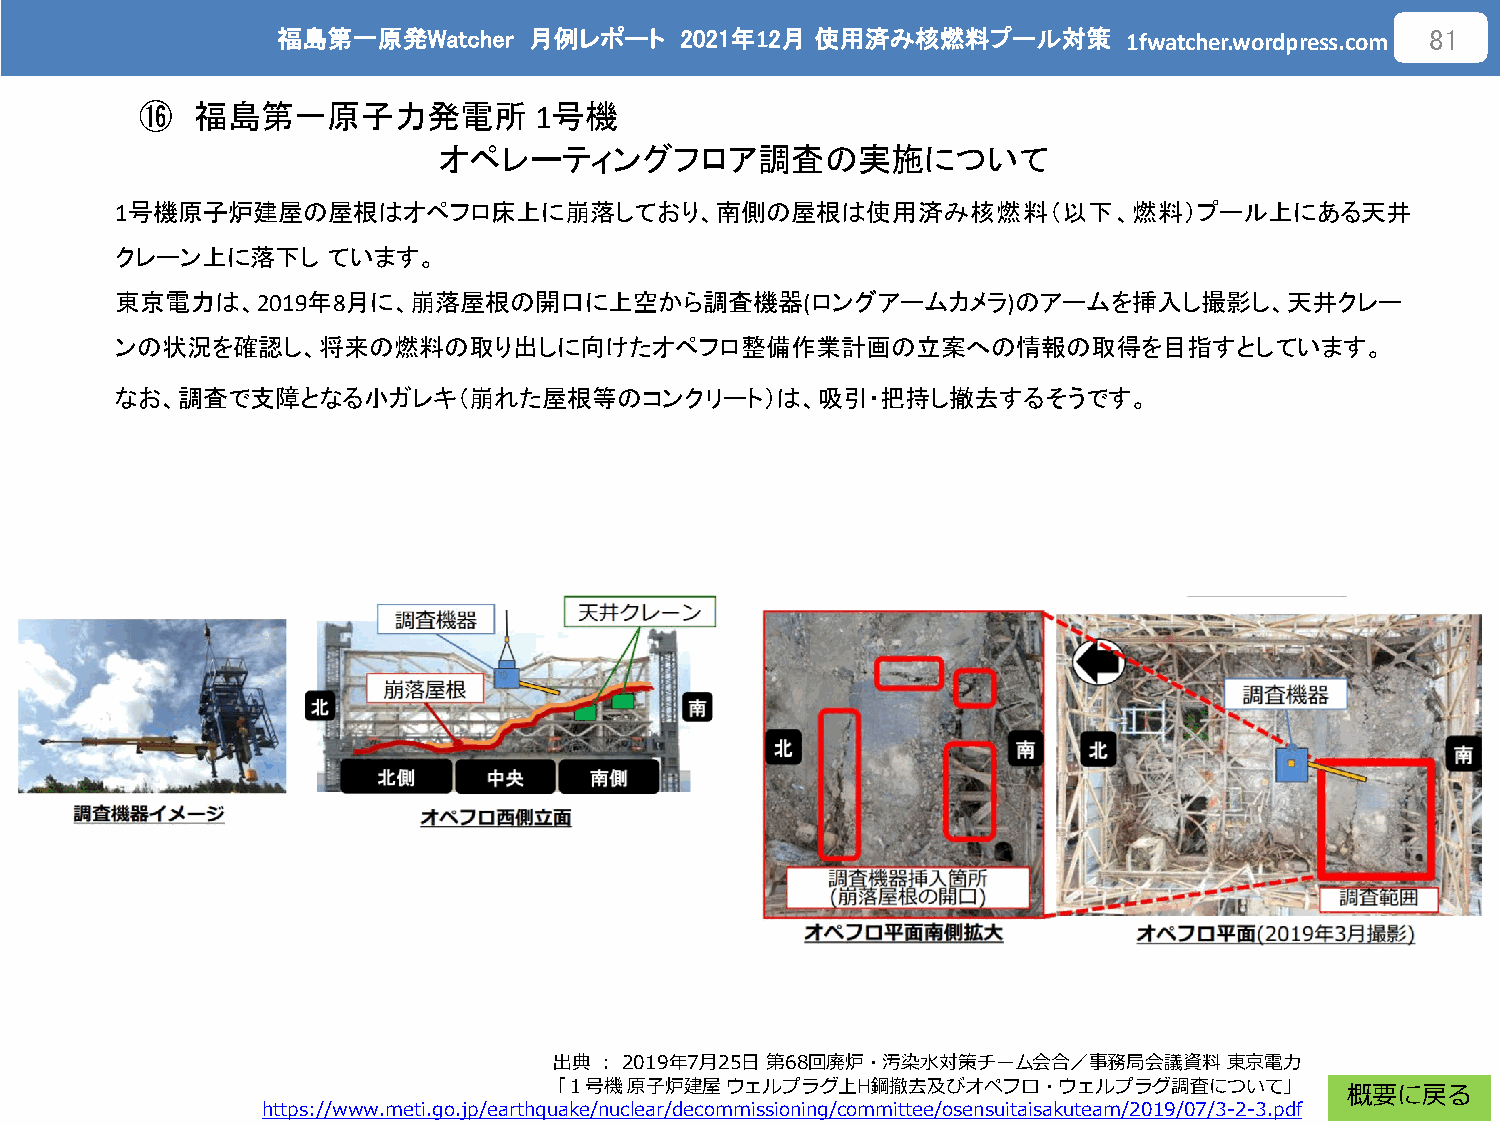
福島第一原発Watcher    月例レポート    2021年12月 使用済み核燃料プール対策
 1fwatcher.wordpress.com
 81
 ⑯   福島第一原子力発電所            1号機
 オペレーティングフロア調査の実施について
 1号機原子炉建屋の屋根はオペフロ床上に崩落しており、南側の屋根は使用済み核燃料（以下、燃料）プール上にある天井
 クレーン上に落下し     ています。
 東京電力は、2019年8月に、崩落屋根の開口に上空から調査機器(ロングアームカメラ)のアームを挿入し撮影し、天井クレー
 ンの状況を確認し、将来の燃料の取り出しに向けたオペフロ整備作業計画の立案への情報の取得を目指すとしています。
 なお、調査で支障となる小ガレキ（崩れた屋根等のコンクリート）は、吸引・把持し撤去するそうです。
 出典：2019年7月25日第68回廃炉・汚染水対策チーム会合／事務局会議資料      東京電力
 「１号機原子炉建屋ウェルプラグ上H鋼撤去及びオペフロ・ウェルプラグ調査について」
 概要に戻る
 https://www.meti.go.jp/earthquake/nuclear/decommissioning/committee/osensuitaisakuteam/2019/07/3-2-3.pdf